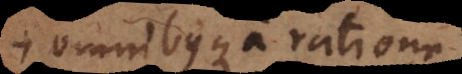
omnibusque a ratione